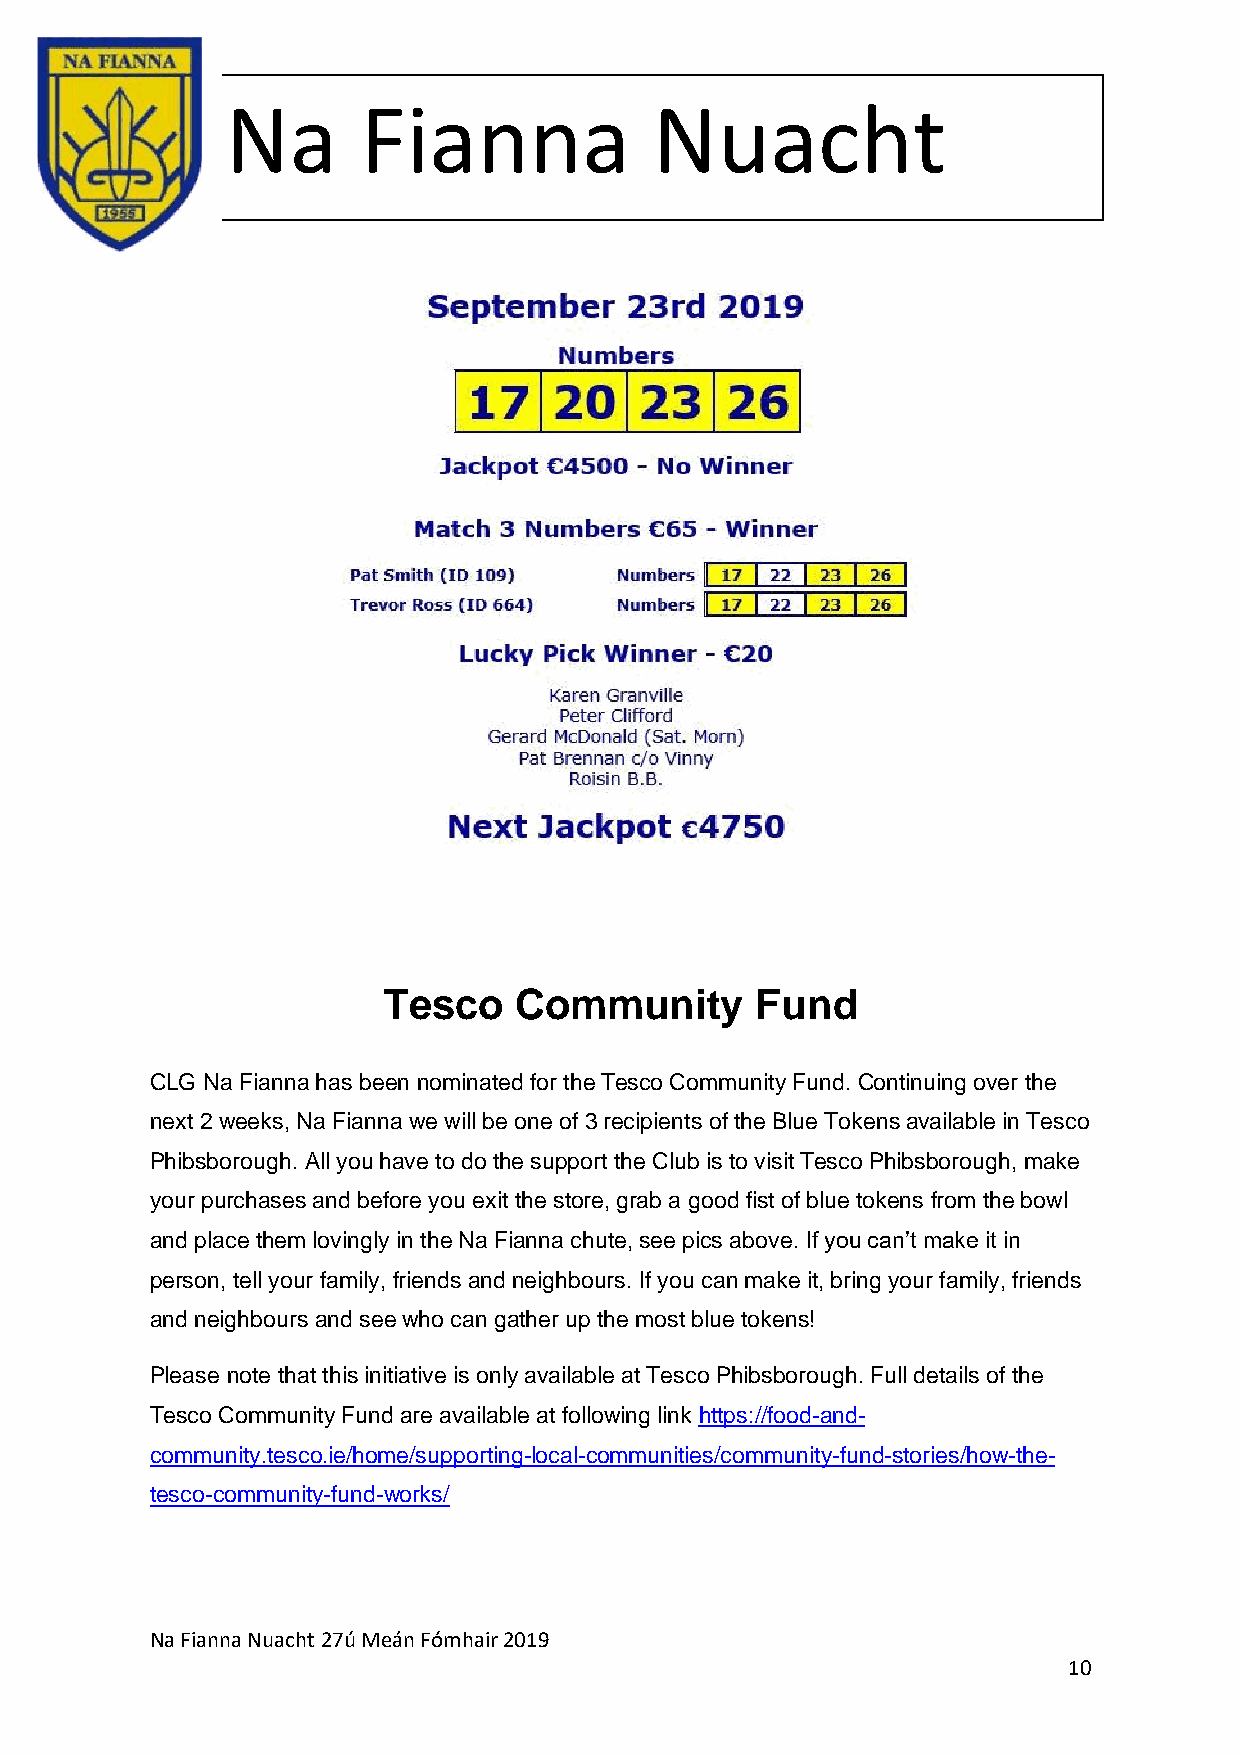
Na       Fianna             Nuacht
 Tesco    Community       Fund
 CLG Na Fianna has been nominated for the Tesco Community Fund. Continuing over the
 next 2 weeks, Na Fianna we will be one of 3 recipients of the Blue Tokens available in Tesco
 Phibsborough. All you have to do the support the Club is to visit Tesco Phibsborough, make
 your purchases and before you exit the store, grab a good fist of blue tokens from the bowl
 and place them lovingly in the Na Fianna chute, see pics above. If you can’t make it in
 person, tell your family, friends and neighbours. If you can make it, bring your family, friends
 and neighbours and see who can gather up the most blue tokens!
 Please note that this initiative is only available at Tesco Phibsborough. Full details of the
 Tesco Community Fund are available at following link https://food-and-
 community.tesco.ie/home/supporting-local-communities/community-fund-stories/how-the-
 tesco-community-fund-works/
 Na Fianna Nuacht 27ú Meán Fómhair 2019
 10